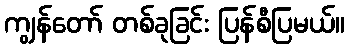
ကျွန်တော် တစ်ခုခြင်း ပြန်စီပြမယ်။